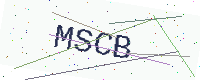
Text: MSCB